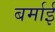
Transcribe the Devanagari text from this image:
बर्माई